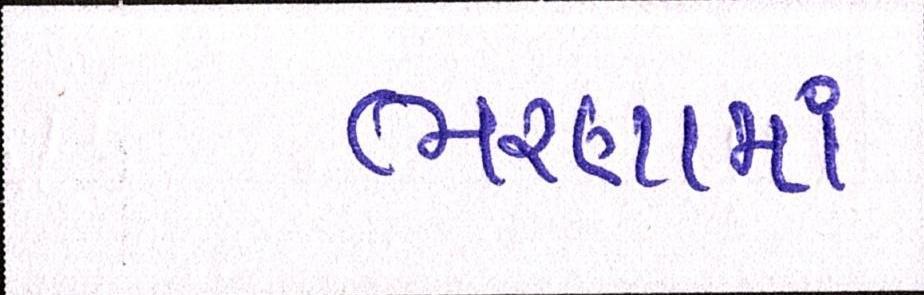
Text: ભરણામાં